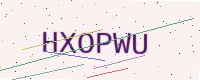
Text: HXOPWU